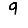
Digit: 9